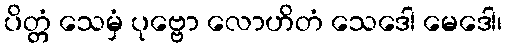
ပိတ္တံ သေမှံ ပုဗ္ဗော လောဟိတံ သေဒေါ မေဒေါ၊